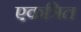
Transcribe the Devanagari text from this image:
एकत्रित